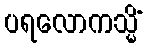
ပရလောကသ္မိံ